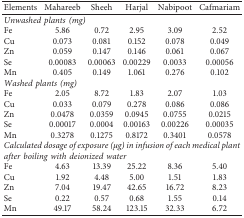
<table><thead><tr><td><b>Elements</b></td><td><b>Mahareeb</b></td><td><b>Sheeh</b></td><td><b>Harjal</b></td><td><b>Nabipoot</b></td><td><b>Cafmariam</b></td></tr></thead><tbody><tr><td colspan="6"><i>Unwashed plants (mg)</i></td></tr><tr><td>Fe</td><td>5.86</td><td>0.72</td><td>2.95</td><td>3.09</td><td>2.52</td></tr><tr><td>Cu</td><td>0.073</td><td>0.081</td><td>0.152</td><td>0.078</td><td>0.049</td></tr><tr><td>Zn</td><td>0.059</td><td>0.147</td><td>0.146</td><td>0.061</td><td>0.067</td></tr><tr><td>Se</td><td>0.00083</td><td>0.00063</td><td>0.00229</td><td>0.0033</td><td>0.00056</td></tr><tr><td>Mn</td><td>0.405</td><td>0.149</td><td>1.061</td><td>0.276</td><td>0.102</td></tr><tr><td colspan="6"><i>Washed plants (mg)</i></td></tr><tr><td>Fe</td><td>2.05</td><td>8.72</td><td>1.83</td><td>2.07</td><td>1.03</td></tr><tr><td>Cu</td><td>0.033</td><td>0.079</td><td>0.278</td><td>0.086</td><td>0.086</td></tr><tr><td>Zn</td><td>0.0478</td><td>0.0359</td><td>0.0945</td><td>0.0755</td><td>0.0215</td></tr><tr><td>Se</td><td>0.00017</td><td>0.0004</td><td>0.00163</td><td>0.00226</td><td>0.00035</td></tr><tr><td>Mn</td><td>0.3278</td><td>0.1275</td><td>0.8172</td><td>0.3401</td><td>0.0578</td></tr><tr><td colspan="6"><i>Calculated dosage of exposure (μg) in infusion of each medical plant after boiling with deionized water</i></td></tr><tr><td>Fe</td><td>4.63</td><td>13.39</td><td>25.22</td><td>8.36</td><td>5.40</td></tr><tr><td>Cu</td><td>1.92</td><td>4.48</td><td>5.00</td><td>1.51</td><td>1.83</td></tr><tr><td>Zn</td><td>7.04</td><td>19.47</td><td>42.65</td><td>16.72</td><td>8.23</td></tr><tr><td>Se</td><td>0.22</td><td>0.57</td><td>0.68</td><td>1.55</td><td>0.14</td></tr><tr><td>Mn</td><td>49.17</td><td>58.24</td><td>123.15</td><td>32.33</td><td>6.72</td></tr></tbody></table>